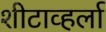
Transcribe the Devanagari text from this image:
शीटाव्हर्ला